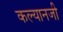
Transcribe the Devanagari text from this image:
कल्यानजी